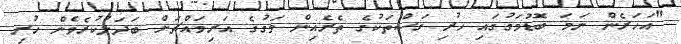
"އަހަރެން ނަމަ ބޮޑުމަގުގައި ހުރި ގަސްތަކުގެ ތެރެއިން މަގުގެ އަރިމައްޗަށް ބަދަލުކުރެވެން ހުރި